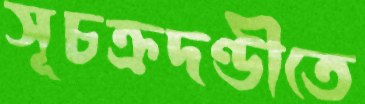
সূচক্রদণ্ডীতে